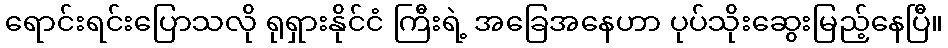
ရောင်းရင်းပြောသလို ရုရှားနိုင်ငံ ကြီးရဲ့ အခြေအနေဟာ ပုပ်သိုးဆွေးမြည့်နေပြီ။